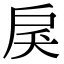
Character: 𢨾